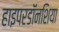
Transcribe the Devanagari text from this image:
हाइपरडॉनशिया